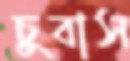
চুবাস